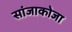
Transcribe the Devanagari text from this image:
सांजाकोजा